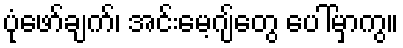
ပုံဖော်ချက်၊ အင်းမေ့ဂျ်တွေ ပေါ်မှာကွ။